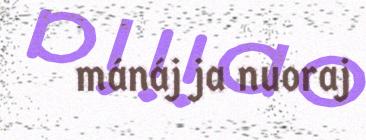
mánáj ja nuoraj